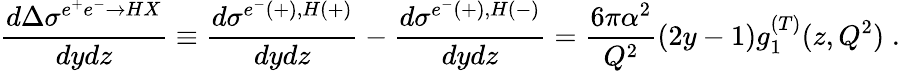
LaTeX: \frac{d\Delta\sigma^{e^{+}e^{-}\rightarrow HX}}{dydz}\equiv\frac{d\sigma^{e^{-}(+),H(+)}}{dydz}-\frac{d\sigma^{e^{-}(+),H(-)}}{dydz}=\frac{6\pi\alpha^{2}}{Q^{2}}(2y-1)g_{1}^{(T)}(z,Q^{2})\; .